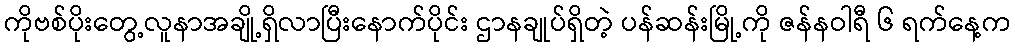
ကိုဗစ်ပိုးတွေ့လူနာအချို့ရှိလာပြီးနောက်ပိုင်း ဌာနချုပ်ရှိတဲ့ ပန်ဆန်းမြို့ကို ဇန်နဝါရီ ၆ ရက်နေ့က